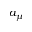
a _ { \mu }